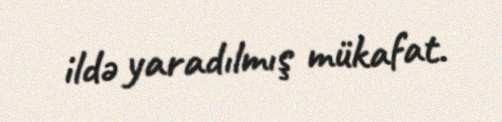
ildə yaradılmış mükafat.